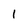
Character: 1